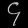
Digit: ၄